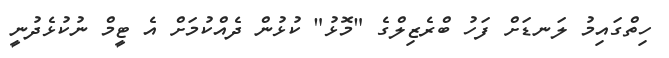
ހިތްގައިމު ލަނޑަށް ފަހު ބްރެޒިލްގެ "މޮޅު" ކުޅުން ދެއްކުމަށް އެ ޓީމް ނުކުޅެދުނީ